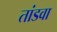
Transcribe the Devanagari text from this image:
तांडवा